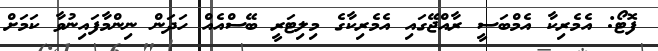
ފޮޓޯ: އެމެރިކާ އެމްބަސީ ރާއްޖޭގައި އެމެރިކާގެ މިލިޓަރީ ބޭސްއެއް ހަދަން ނިންމާފައިނުވާ ކަމަށް